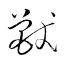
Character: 獸